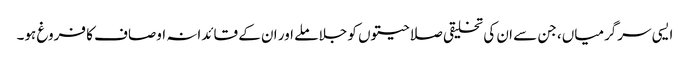
ایسی سرگرمیاں، جن سے ان کی تخلیقی صلاحیتوں کو جلا ملے اور ان کے قائدانہ اوصاف کا فروغ ہو۔